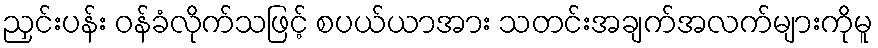
ညှင်းပန်း ဝန်ခံလိုက်သဖြင့် စပယ်ယာအား သတင်းအချက်အလက်များကိုမူ